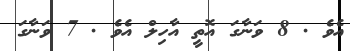
އެވެ . 8 ވަނާގަ އޮތީ އާހިލް އެވެ . 7 ވަނާގަ